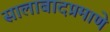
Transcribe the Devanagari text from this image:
सालाबादप्रमाणे